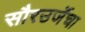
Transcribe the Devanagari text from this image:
सौरउर्जेचा